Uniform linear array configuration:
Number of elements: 16
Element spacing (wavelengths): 0.25
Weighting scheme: binomial
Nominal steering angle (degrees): -60
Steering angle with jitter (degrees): -60.243
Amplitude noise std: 0.05
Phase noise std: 0.05

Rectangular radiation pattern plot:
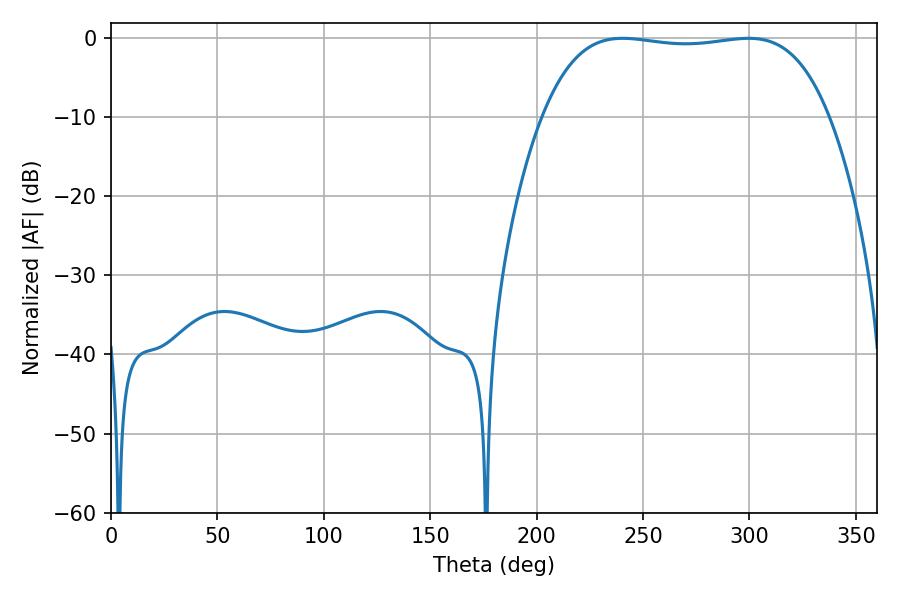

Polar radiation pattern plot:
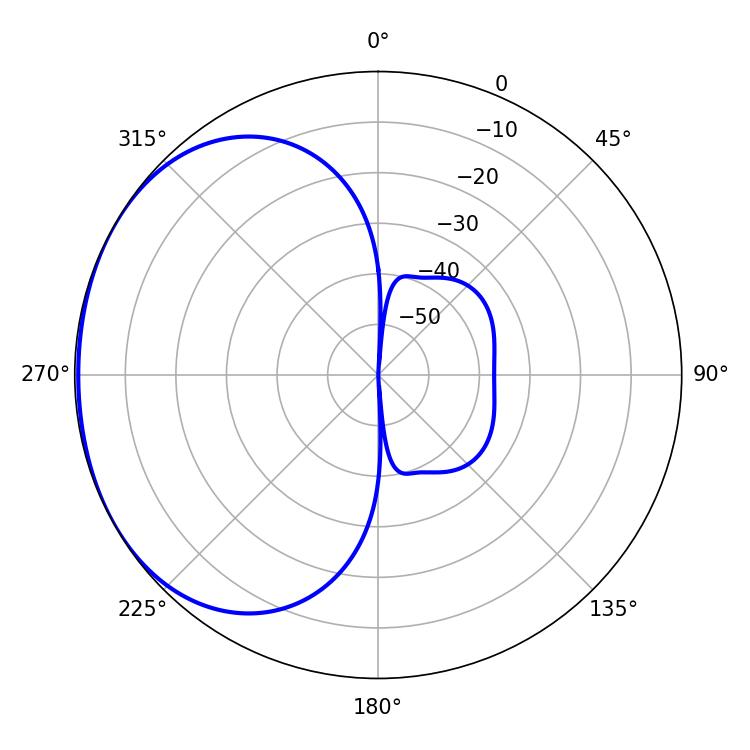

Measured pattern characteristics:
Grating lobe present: FALSE
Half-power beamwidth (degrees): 106.2
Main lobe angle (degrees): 240.48